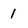
Character: 1